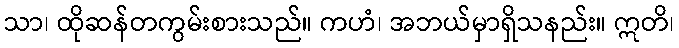
သာ၊ ထိုဆန်တကွမ်းစားသည်။ ကဟံ၊ အဘယ်မှာရှိသနည်း။ ဣတိ၊